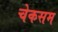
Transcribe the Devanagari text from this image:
चेकसम